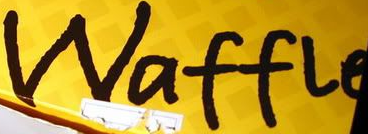
Waffle